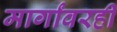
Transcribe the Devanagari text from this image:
मार्गांवरही